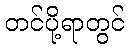
တင်ပို့ရာတွင်